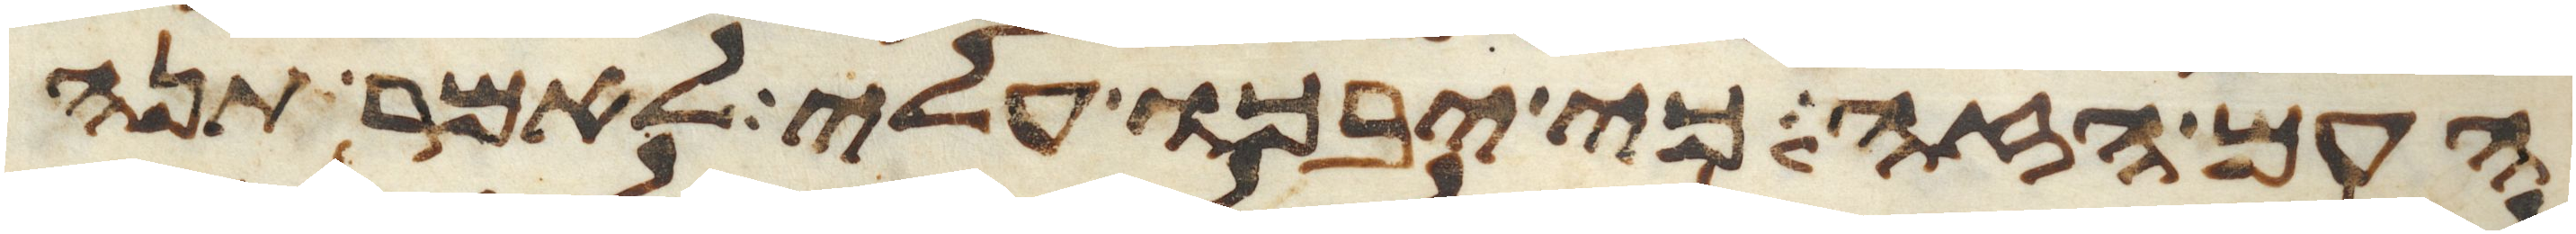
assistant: העם הזה כי יבכו עלי לאמר תנה